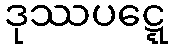
ဒုဿပဋ္ဋေ